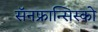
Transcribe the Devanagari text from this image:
सॅनफ्रान्सिस्को